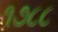
૧૭૮૮